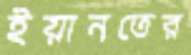
ইয়ানতের